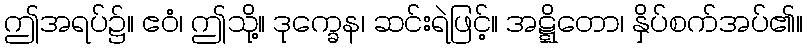
ဤအရပ်၌။ ဧဝံ၊ ဤသို့။ ဒုက္ခေန၊ ဆင်းရဲဖြင့်။ အဋ္ဋိတော၊ နှိပ်စက်အပ်၏။